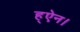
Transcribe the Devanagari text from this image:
ह्ऐन।